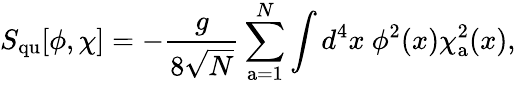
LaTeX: S_{\mathrm{qu}}[\phi,\chi]=-{\frac{g}{8\sqrt N}}\sum_{\mathrm{a}=1}^{N}\int d^{4}x~\phi^{2}(x)\chi_{\mathrm{a}}^{2}(x),